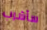
سأشرب